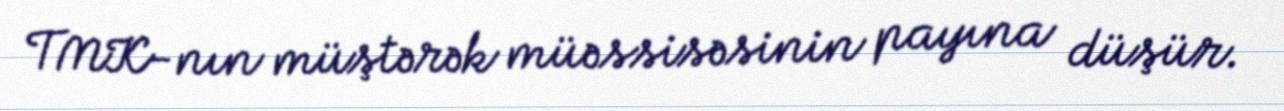
TMK-nın müştərək müəssisəsinin payına düşür.